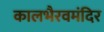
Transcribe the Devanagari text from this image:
कालभैरवमंदिर